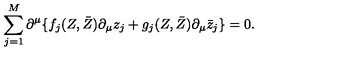
\sum _ { j = 1 } ^ { M } \partial ^ { \mu } \{ f _ { j } ( Z , \bar { Z } ) \partial _ { \mu } z _ { j } + g _ { j } ( Z , \bar { Z } ) \partial _ { \mu } \bar { z } _ { j } \} = 0 .